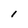
Character: 1